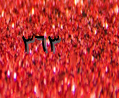
٣٦٣